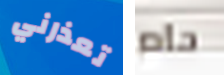
تعذرني حام